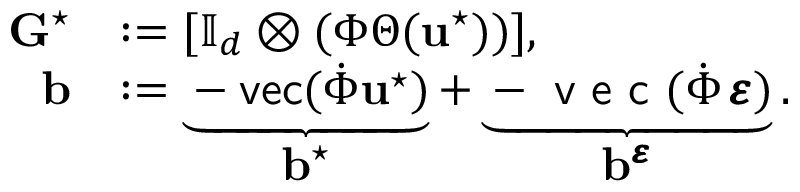
\begin{array} { r l } { \mathbf { G } ^ { \star } } & { : = [ \mathbb { I } _ { d } \otimes ( \Phi \Theta ( \mathbf { u } ^ { \star } ) ) ] , } \\ { \mathbf { b } } & { : = \underbrace { - \mathsf { v e c } ( \dot { \Phi } \mathbf { u } ^ { \star } ) } _ { \begin{array} { c } { \mathbf { b } ^ { \star } } \end{array} } + \underbrace { - \textsf { v e c } ( \dot { \Phi } \, \pmb { \varepsilon } ) } _ { \begin{array} { c } { \mathbf { b } ^ { \pmb { \varepsilon } } } \end{array} } . } \end{array}